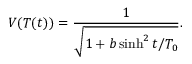
V ( T ( t ) ) = \frac { 1 } { \sqrt { 1 + b \sinh ^ { 2 } t / T _ { 0 } } } .